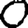
Digit: 0